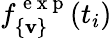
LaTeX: f_{\{ \mathbf{v}\} }^{\mathrm{{~e~x~p~}}}(t_{i})